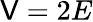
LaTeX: \mathsf{V}=2E